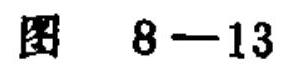
图 \(8 - 13\)